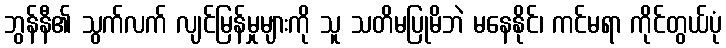
ဘွန်နီ၏ သွက်လက် လျင်မြန်မှုများကို သူ သတိမပြုမိဘဲ မနေနိုင်၊ ကင်မရာ ကိုင်တွယ်ပုံ